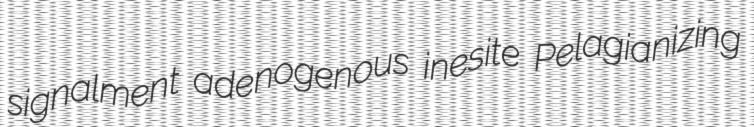
signalment adenogenous inesite Pelagianizing